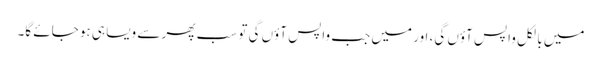
میں بالکل واپس آؤں گی، اور میں جب واپس آؤں گی تو سب پھر سے ویسا ہی ہو جائے گا۔